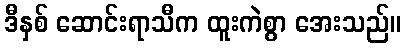
ဒီနှစ် ဆောင်းရာသီက ထူးကဲစွာ အေးသည်။